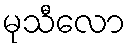
မုသီလော